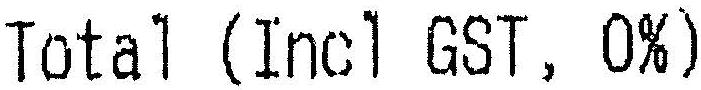
TOTAL (INCL GST, 0%)